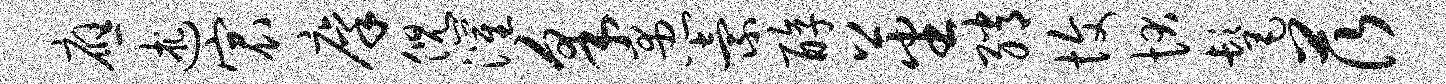
应述宸廪倪灌采愚索醇蕃绡愎状髦茨